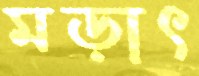
মড়াৎ